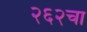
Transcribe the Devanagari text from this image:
२६२चा